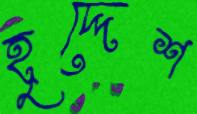
হৃদ্দেশ